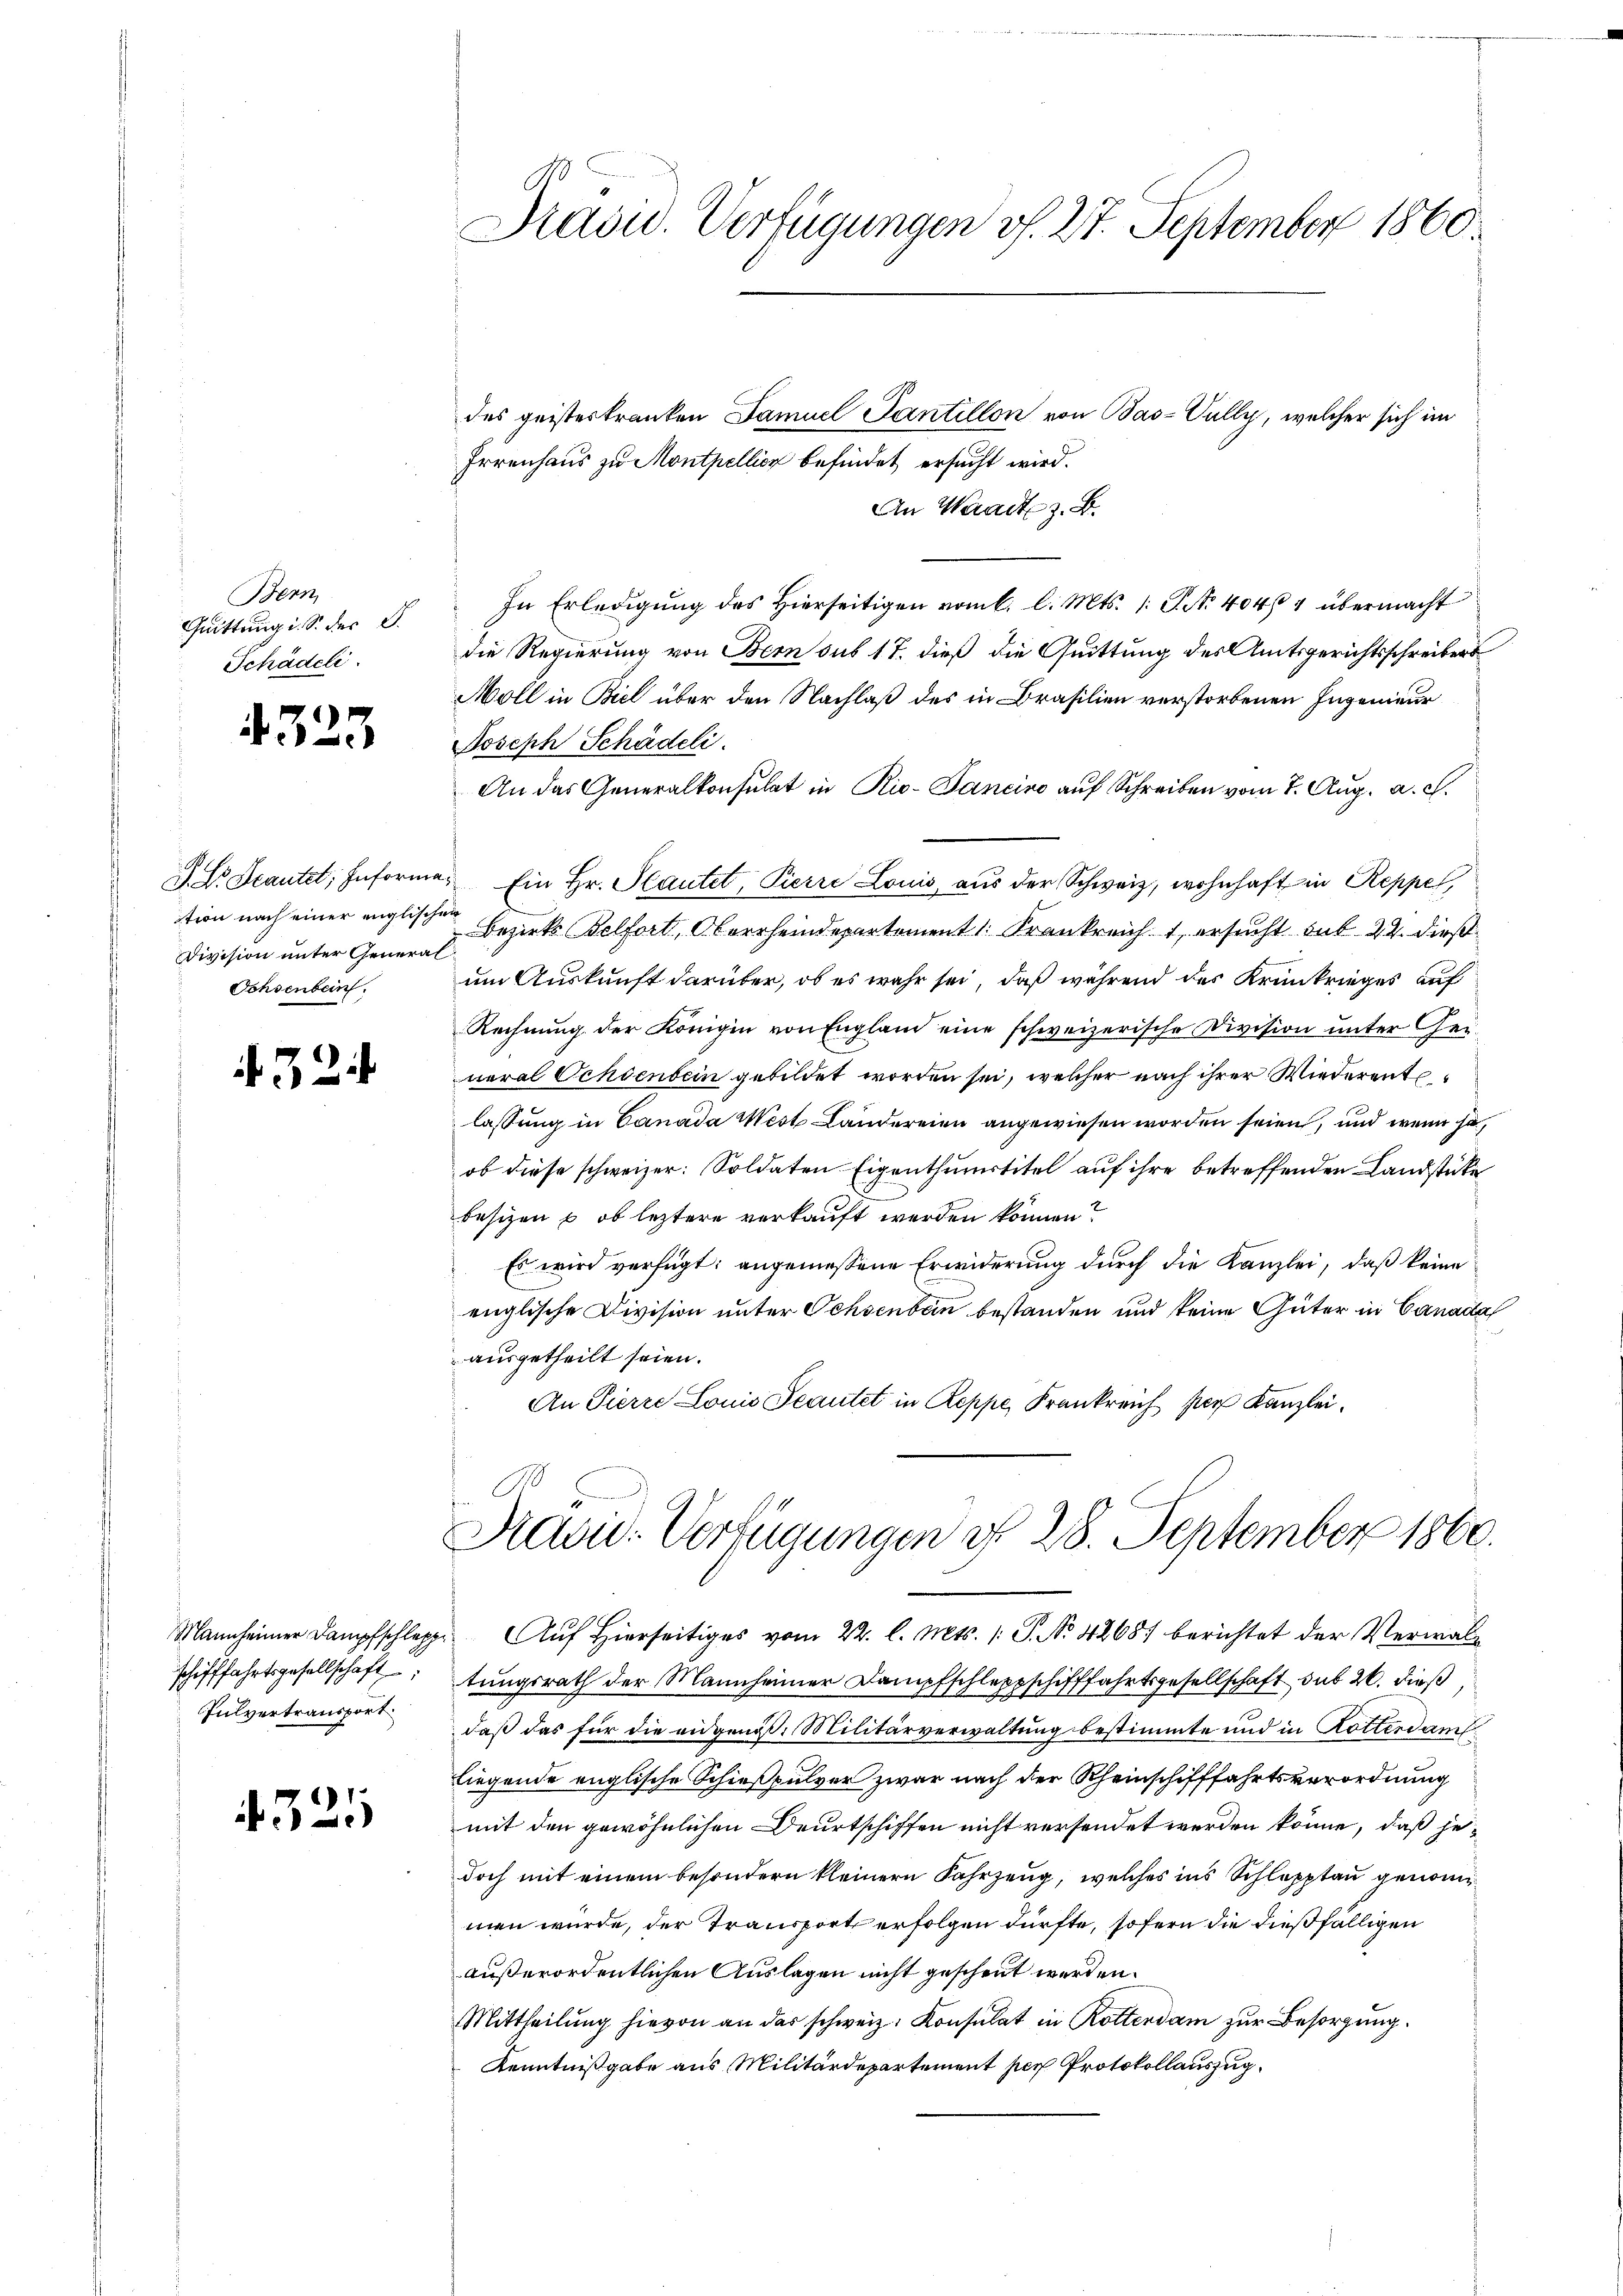
Bern
Quittung i. S. des S.
Schädeli

4323

tion nach einer englischen
Division unter General
Ochsenbein.

. 32.

schifffahrtsgesellschaft
Pulvertransport

4325

des geisteskranken Samuel Santillon von Bas-Pully, welcher sich im
Irrenhaus zu Monthellier befindet ersucht wird.
An Waadt z. B.
In Erledigung des Hierseitigen vom l. l. Mts. /: P. Nr. 404/4 übermacht
die Regierung von Bern sus 17. dieß die Quittung des Amtsgerichtsschreiber
Moll in Biel über den Nachlaß des in Brasilien verstorbenen Ingenieur
Joseph Schädeli
An das Generalkonsulat in Rio-Tancino auf Schreiben vom 7. Aug. a. c.
J. C. Scantel, Informe. Ein Hr. Plautet, Pierre Louis aŭs der Schweiz, wohnhaft in Reppel,
Bezirks Belfort, Oberrheindepartement 1. Frankreich 1 ersucht sub 24. dieß
um Auskunft darüber, ob es wahr sei, daß während des Krankrieges auf
Rechnung der Königin von England eine schweizerische Division unter ei-
neral Ochsenbein gebildet worden sei, welcher nach ihrer Wiederente
lassung in Canada West Ländereien angewiesen worden seien, und wenn ha
ob diese schweizer: Soldaten Eigenthumstitel auf ihre betreffenden Landstücke
besizen u ob leztere verkauft werden können?
Es wird verfügt: angemessene Erwiderung durch die Kanzlei, daß keine
englische Division unter Ochsenbein bestanden und keine Güter in Canada
ausgetheilt seien.
An Pierre Louis Teautet in Reppe, Frankreich per Kanzlei¬

E
Präsid. Verfügungen v. 27. September 1860
s

tungsrath der Mannheimer Dampfschleppschifffahrtsgesellschaft sub 20. dieß
daß das für die eidgenöss. Militärverwaltung bestimmte und in Rotterdamtliegende englische Schießpulver zwar nach der Rheinschifffahrtsverordnung
mit den gewöhnlichen Deutschiffen nicht versendet werden könne, daß jedoch mit einem besondern kleinern Fahrzeug, welches ins Schleppten genommen würde, der Transport erfolgen dürfte, sofern die dießfälligen
außerordentlichen Auslagen nicht geschent werden.
Mittheilung hievon an das schweiz. Konsulat in Rotterdam zur Besorgung.
Kenntnißgabe aus Militärdepartement per Protokollauszug

in St
Advid: Verfügungen d. 28. September 1860.
Mannheimer Dampfschlapp. Aŭf Hierseitiges vom 22. l. Mts. 1. P. No. 42681 berichtet der Verwal¬